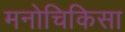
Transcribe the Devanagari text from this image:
मनोचिकिसा